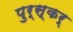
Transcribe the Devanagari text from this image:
पुर्स्कर्